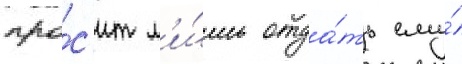
про́с'ит л'и́шь отда́ть ему́